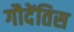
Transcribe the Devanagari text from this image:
गौदेंतिस